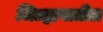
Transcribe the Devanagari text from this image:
जिल्ह्ययातील